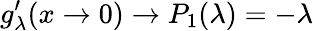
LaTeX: g_{\lambda}^{\prime}(x\rightarrow 0)\rightarrow P_{1}(\lambda)=-\lambda